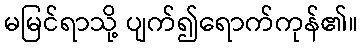
မမြင်ရာသို့ ပျက်၍ရောက်ကုန်၏။